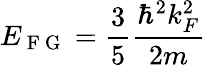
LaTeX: E_{\mathrm{~F~G~}}=\frac{3}{5}\frac{\hbar^{2}k_{F}^{2}}{2m}